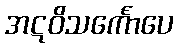
အဋဝိသင်္ကောပေ